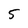
Character: 5